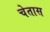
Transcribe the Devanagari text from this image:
चेतास